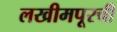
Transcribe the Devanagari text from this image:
लखीमपूरची